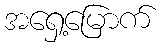
အရှေ့မြောက်